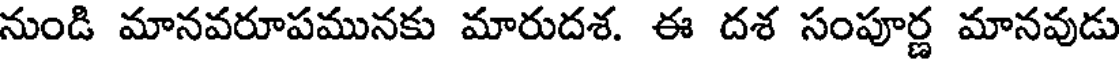
నుండి మానవరూపమునకు మారుదశ. ఈ దశ సంపూర్ణ మానవుడు